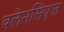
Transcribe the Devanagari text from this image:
बलेनसिएज